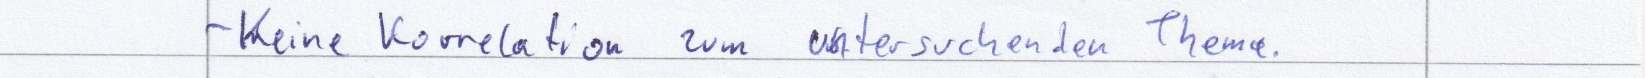
- Keine Korrelation zum untersuchenden Thema.